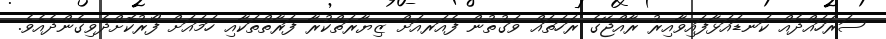
ސަރަހައްދެއް ކަނޑައަޅާފައިވާއިރު ރާއްޖޭގެ ރަހަތައް ވަގުތުން ފެއަރއަށް ޒިޔާރަތްކުރާ ފަރާތްތަކާއި ހަމައަށް ފޯރުކޮށްދެވިގެންދެއެވެ.